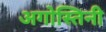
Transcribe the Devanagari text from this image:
अगोस्तिनी